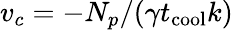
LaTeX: v_{c}=-N_{p}/(\gamma t_{\mathrm{cool}}k)